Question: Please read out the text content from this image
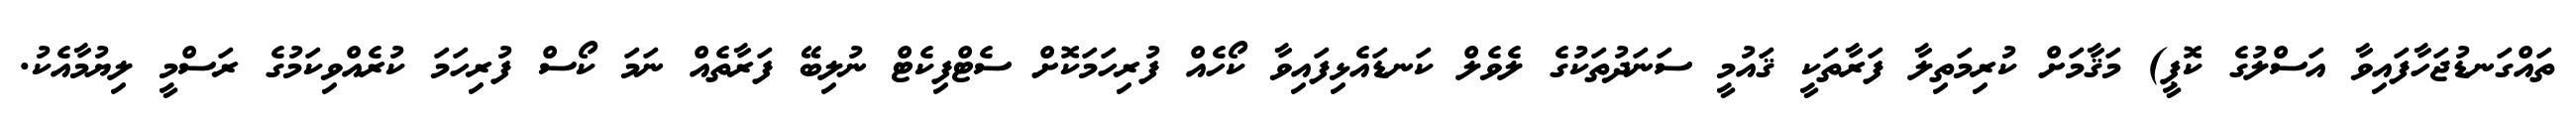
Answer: ތައްގަނޑުޖަހާފައިވާ އަސްލުގެ ކޮޕީ) މަޤާމަށް ކުރިމަތިލާ ފަރާތަކީ ޤައުމީ ސަނަދުތަކުގެ ލެވެލް ކަނޑައެޅިފައިވާ ކޯހެއް ފުރިހަމަކޮށް ސެޓްފިކެޓް ނުލިބޭ ފަރާތެއް ނަމަ ކޯސް ފުރިހަމަ ކުރެއްވިކަމުގެ ރަސްމީ ލިޔުމާއެކު.